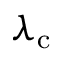
\lambda _ { \mathrm { c } }